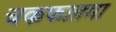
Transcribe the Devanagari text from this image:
चकफातमा